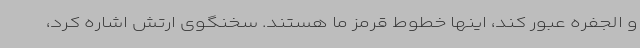
و الجفره عبور کند، اینها خطوط قرمز ما هستند. سخنگوی ارتش اشاره کرد،